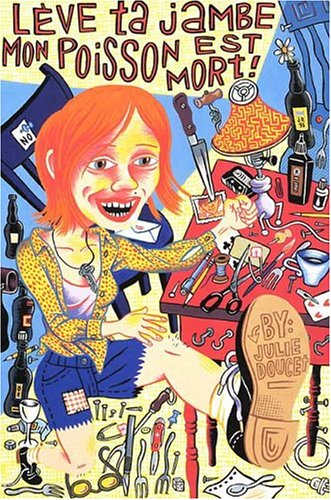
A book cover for LÃ¨ve Ta Jambe Mon, Poisson Est Mort! (Lift Your Leg, My Fish Is Dead!); Julie Doucet; Humor & Entertainment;